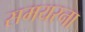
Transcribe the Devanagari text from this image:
समयरना